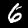
Label: 6